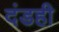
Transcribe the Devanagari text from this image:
दंडही